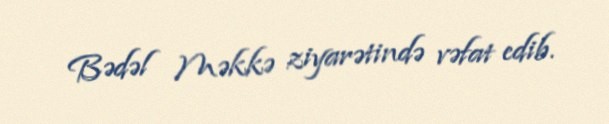
Bədəl Məkkə ziyarətində vəfat edib.